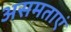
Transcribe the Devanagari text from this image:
असमताएं